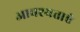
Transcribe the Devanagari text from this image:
आवश्यताएं